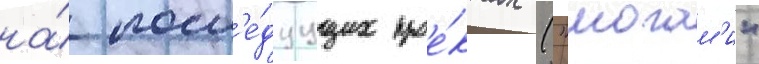
на́ посл'е́дуущих прое́ктах ("могам'и"